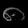
Digit: ၈